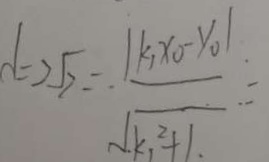
d = 2 \sqrt { 2 } = \frac { \vert k _ { 1 } x _ { 0 } - y _ { 0 } \vert } { \sqrt { k _ { 1 } ^ { 2 } } + 1 } =